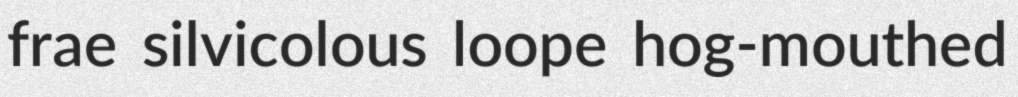
frae silvicolous loope hog-mouthed